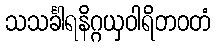
သသင်္ခါရနိဂ္ဂယှဝါရိတဝတံ